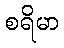
စရိမာ